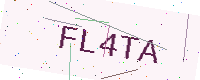
Text: FL4TA